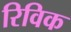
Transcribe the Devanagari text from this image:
रिविक